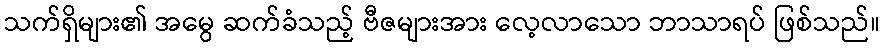
သက်ရှိများ၏ အမွေ ဆက်ခံသည့် ဗီဇများအား လေ့လာသော ဘာသာရပ် ဖြစ်သည်။